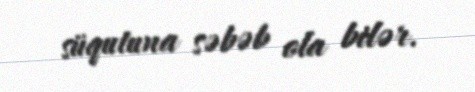
süqutuna səbəb ola bilər.